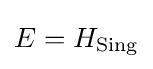
E=H_{\text{Sing}}